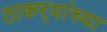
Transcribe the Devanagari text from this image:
ठाकर्‍यांच्या